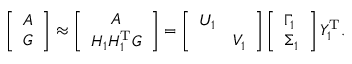
\left[ \begin{array} { l } { A } \\ { G } \end{array} \right] \approx \left[ \begin{array} { c } { A } \\ { H _ { 1 } H _ { 1 } ^ { \mathrm { T } } G } \end{array} \right] = \left[ \begin{array} { l l } { U _ { 1 } } & \\ & { V _ { 1 } } \end{array} \right] \left[ \begin{array} { l } { \Gamma _ { 1 } } \\ { \Sigma _ { 1 } } \end{array} \right] Y _ { 1 } ^ { \mathrm { T } } .